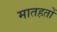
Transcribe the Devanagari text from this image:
मातहतों